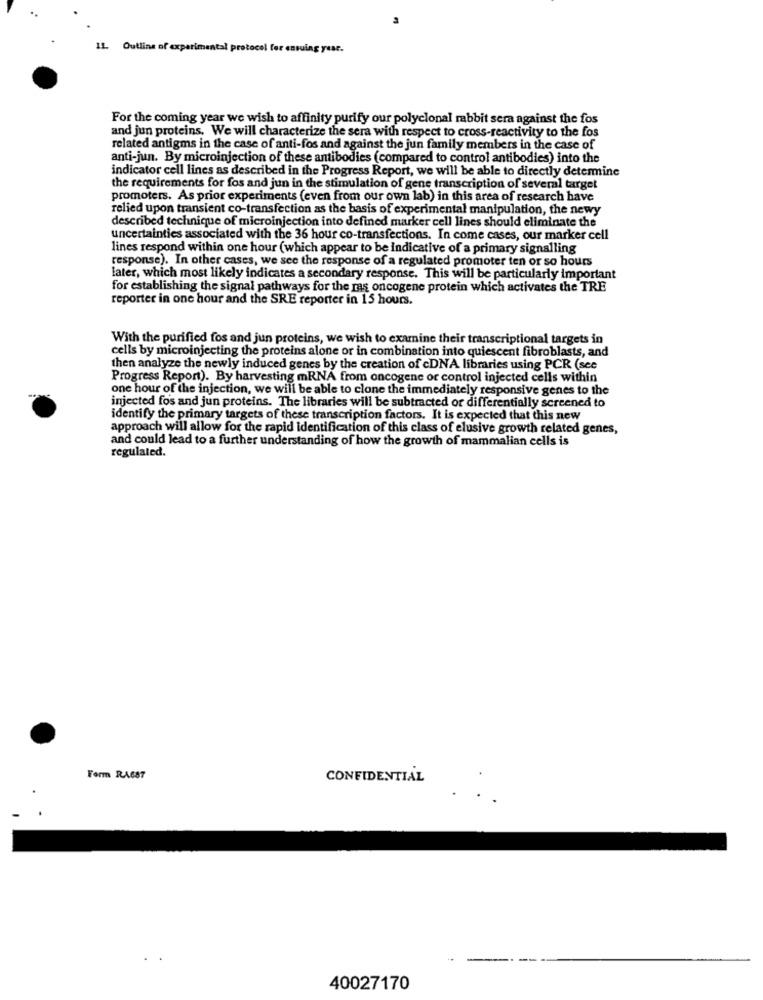
11. Outline of experimental protocol for ensuing year.
For the coming year we wish to affinity purify our polyclonal rabbit sera against the fos
and jun proteins. We will characterize the sera with respect to cross-reactivity to the fos
related antigms in the case of anti-fos and against the jun family members in the case of
anti-jun. By microinjection of these antibodies (compared to control antibodies) into the
indicator cell lines as described in the Progress Report, we will be able to directly determine
the requirements for fos and jun in the stimulation of gene transcription of several target
promoters. As prior experiments (even from our own lab) in this area of research have
relied upon transient co-transfection as the basis of experimental manipulation, the newy
described technique of microinjection into defined marker cell lines should eliminate the
uncertainties associated with the 36 hour co-transfections. In come cases, our marker cell
lines respond within one hour (which appear to be indicative of a primary signalling
response). In other cases, we see the response of a regulated promoter ten or so hours
later, which most likely indicates a secondary response. This will be particularly important
for establishing the signal pathways for the ras oncogene protein which activates the TRE
reporter in one hour and the SRE reporter in 15 hours.
With the purified fos and jun proteins, we wish to examine their transcriptional targets in
cells by microinjecting the proteins alone or in combination into quiescent fibroblasts, and
then analyze the newly induced genes by the creation of cDNA libraries using PCR (see
Progress Report). By harvesting mRNA from oncogene or control injected cells within
one hour of the injection, we will be able to clone the immediately responsive genes to the
injected fos and jun proteins. The libraries will be subtracted or differentially screened to
identify the primary targets of these transcription factors. It is expected that this new
approach will allow for the rapid identification of this class of elusive growth related genes,
and could lead to a further understanding of how the growth of mammalian cells is
regulated.
Form RA687
CONFIDENTIAL
40027170